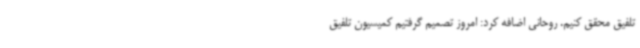
تلفیق محقق کنیم. روحانی اضافه کرد: امروز تصمیم گرفتیم کمیسیون تلفیق